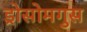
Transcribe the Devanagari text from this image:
ड्रोसोमगुस